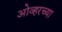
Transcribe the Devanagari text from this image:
ओव्हरच्या